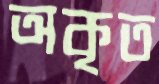
অকৃত